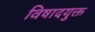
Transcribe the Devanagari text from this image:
विषादयुक्त